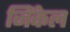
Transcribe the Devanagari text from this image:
जिंकेल